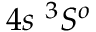
{ 4 s ~ ^ { 3 } S ^ { o } }